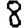
Digit: 8